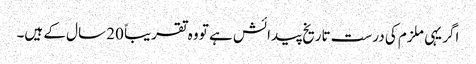
اگر یہی ملزم کی درست تاریخ پیدائش ہے تو وہ تقریباً 20 سال کے ہیں۔